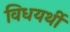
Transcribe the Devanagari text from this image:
विधयर्थी